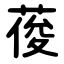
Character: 葰